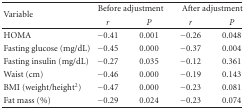
| <ROWSPAN=2> Variable | <COLSPAN=2> Before adjustment | <COLSPAN=2> After adjustment |
 | r | P | r | P |
 | --- | --- | --- | --- | --- |
 | HOMA | −0.41 | 0.001 | −0.26 | 0.048 |
 | Fasting glucose (mg/dL) | −0.45 | 0.000 | −0.37 | 0.004 |
 | Fasting insulin (mg/dL) | −0.27 | 0.035 | −0.12 | 0.361 |
 | Waist (cm) | −0.46 | 0.000 | −0.19 | 0.143 |
 | BMI (weight/height2) | −0.47 | 0.000 | −0.23 | 0.081 |
 | Fat mass (%) | −0.29 | 0.024 | −0.23 | 0.074 |